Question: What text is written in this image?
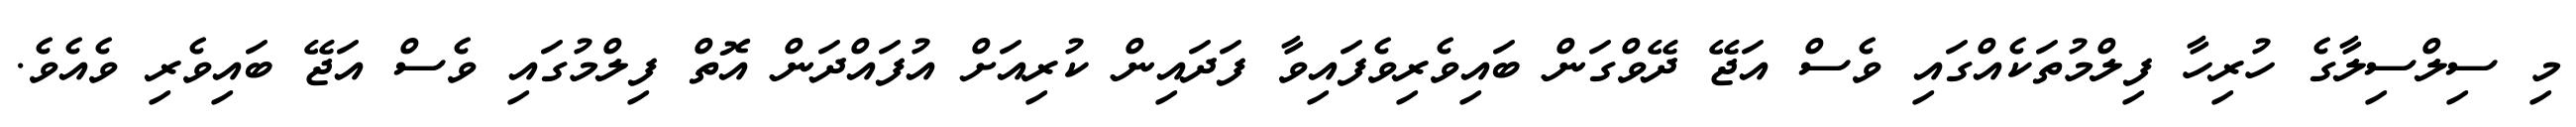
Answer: މި ސިލްސިލާގެ ހުރިހާ ފިލްމުތަކެއްގައި ވެސް އަޖޭ ދޭވްގަން ބައިވެރިވެފައިވާ ފަދައިން ކުރިއަށް އުފައްދަން އޮތް ފިލްމުގައި ވެސް އަޖޭ ބައިވެރި ވެއެވެ.